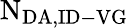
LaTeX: \mathrm{N_{DA,ID-VG}}